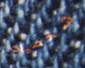
شخصيات